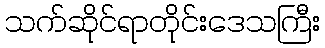
သက်ဆိုင်ရာတိုင်းဒေသကြီး